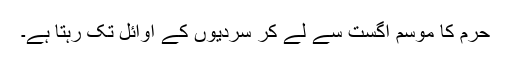
حرم کا موسم اگست سے لے کر سردیوں کے اوائل تک رہتا ہے۔